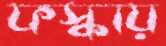
ফস্‌কায়